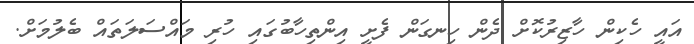
އައީ ހެކިން ހާޒިރުކޮށް ދެން ހިނގަން ފެށީ އިންތިހާބުގައި ހުރި މައްސަލަތައް ބެލުމަށް.